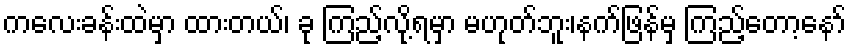
ကလေးခန်းထဲမှာ ထားတယ်၊ ခု ကြည့်လို့ရမှာ မဟုတ်ဘူး၊နက်ဖြန်မှ ကြည့်တော့နော်